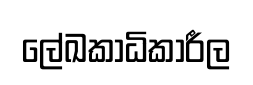
ලේඛකාධිකාරීල